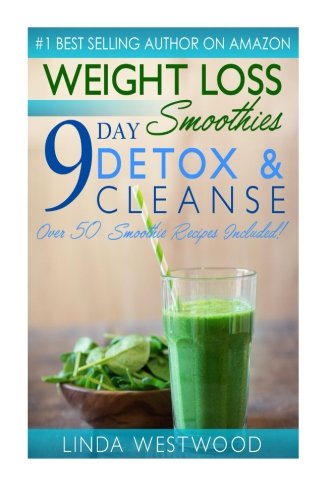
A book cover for Weight Loss Smoothies: 9- Day Detox & Cleanse- Over 50 Recipes Included!; Linda Westwood; Health, Fitness & Dieting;